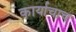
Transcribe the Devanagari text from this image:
कार्याचाच